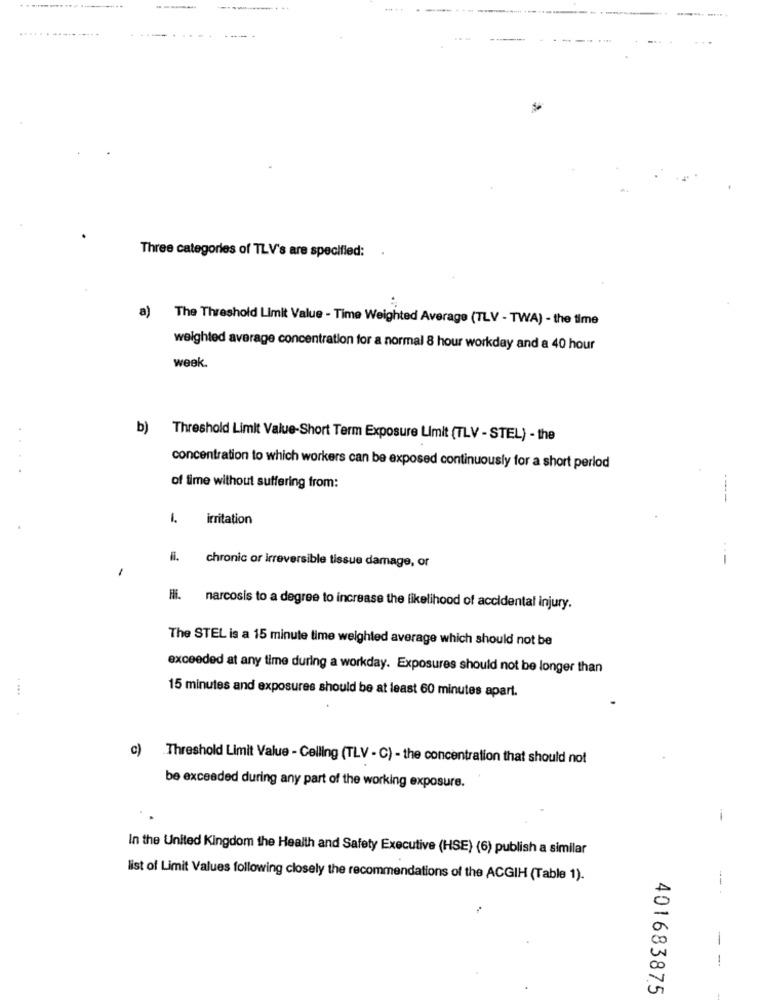
------.
Three categories of TLV's are specified:
a) The Threshold Limit Value - Time Weighted Average (TLV - TWA) - the time
weighted average concentration for a normal 8 hour workday and a 40 hour
week
b) Threshold Limit Value-Short Term Exposure Limit (TLV - STEL) - the
....
concentration to which workers can be exposed continuously for a short period
of time without suffering from:
---
1. irritation
---
-
chronic or irreversible tissue damage, or
Hli. narcosis to a degree to increase the likelihood of accidental injury.
The STEL is a 15 minute time weighted average which should not be
exceeded at any time during a workday. Exposures should not be longer than
15 minutes and exposures should be at least 60 minutes apart.
. ...
c) Threshold Limit Value - Celling (TLV - C) - the concentration that should not
be exceeded during any part of the working exposure.
-
In the United Kingdom the Health and Safety Executive (HSE) (6) publish a similar
list of Limit Values following closely the recommendations of the ACGIH (Table 1).
--
-
401683875